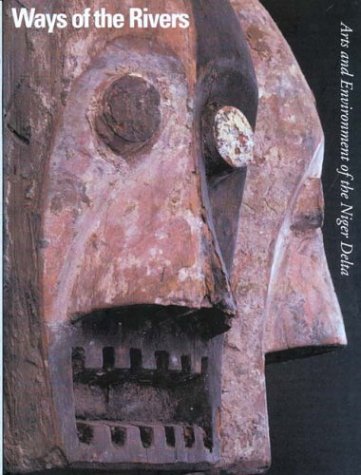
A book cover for Ways of the Rivers: Arts and Environment of the Niger Delta; History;